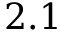
2 . 1